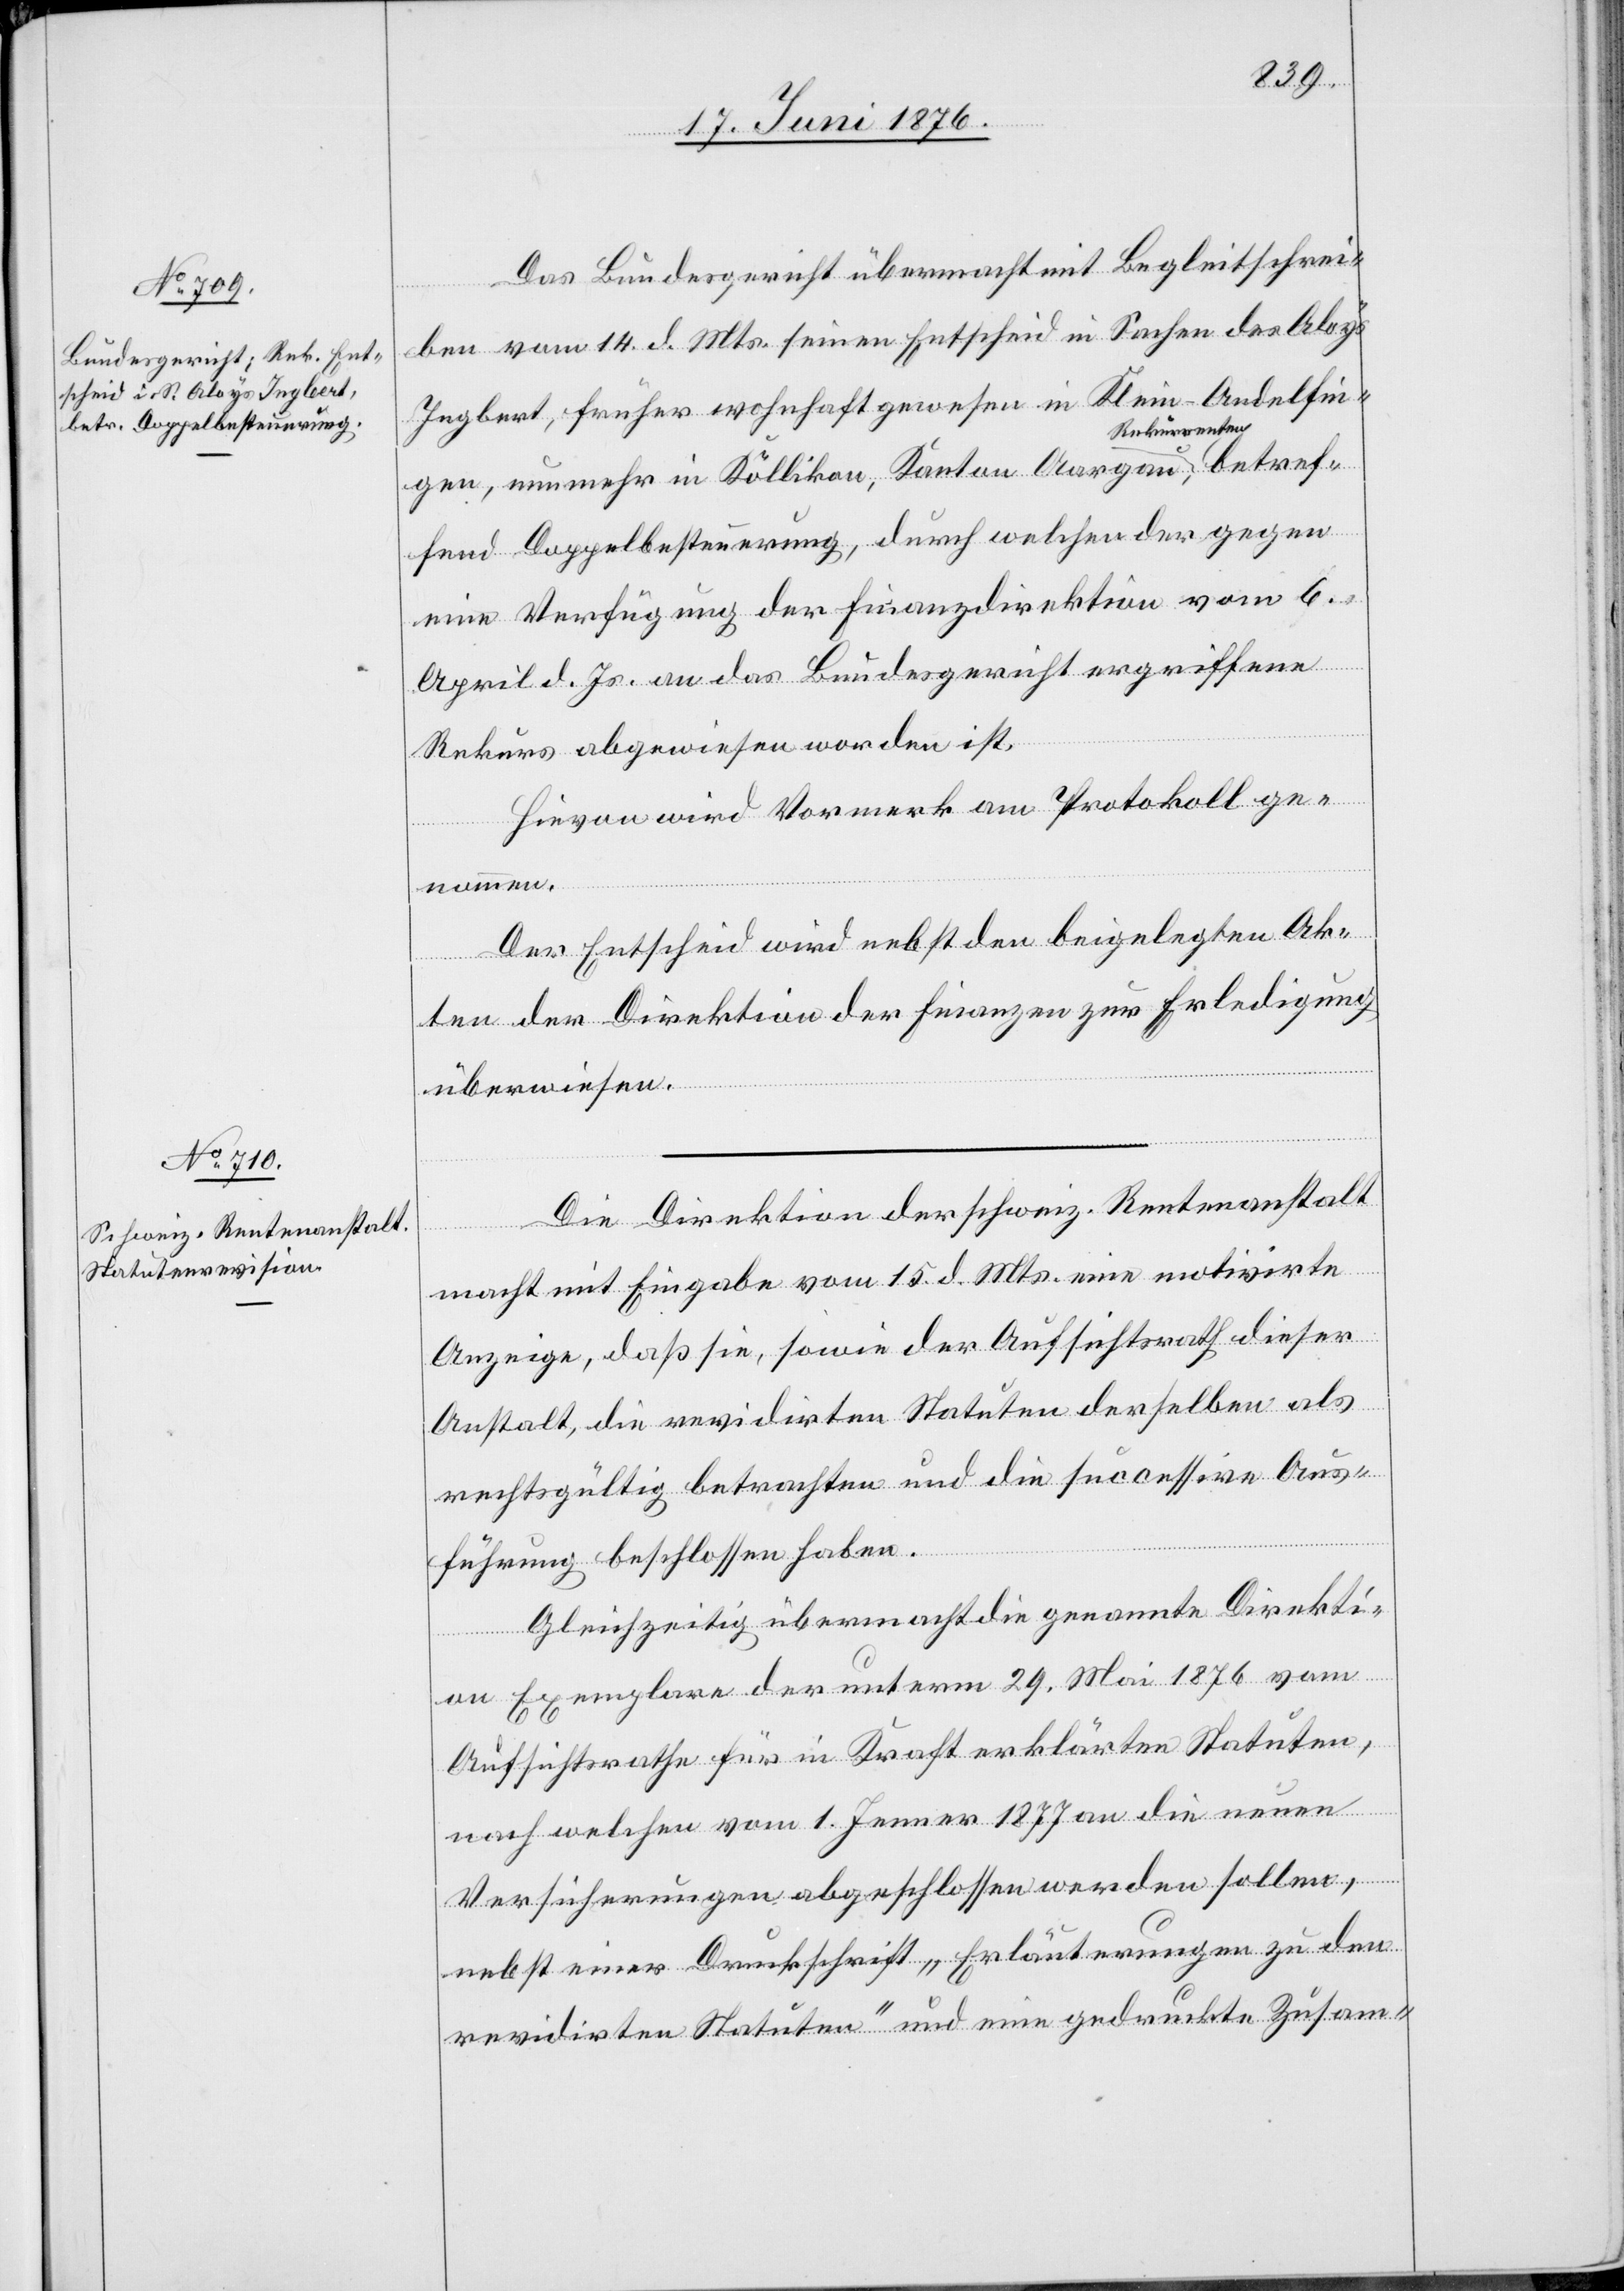
Das Bundesgericht übermacht mit Begleitschrei¬
ben vom 14. d. Mts. seinen Entscheid in Sachen des Aloys
Ingbert, früher wohnhaft gewesen in Klein-Andelfin¬
gen, nunmehr in Köllikon, Kanton Aargau, a-Rekurre¬
fend Doppelbesteuerung, durch welchen der gegen
eine Verfügung der Finanzdirektion vom 6.
April d. Js. an das Bundesgericht ergriffene
Rekurs abgewiesen worden ist.
Hievon wird Vormerk am Protokoll ge¬
nommen.
Der Entscheid wird nebst den beigelegten Ak¬
ten der Direktion der Finanzen zur Erledigung
überwiesen.
Die Direktion der schweiz. Rentenanstalt
macht mit Eingabe vom 15. d. Mts. eine motivirte
Anzeige, das sie, sowie der Aufsichtsrath dieser
Anstalt, die revidirten Statuten derselben als
rechtsgültig betrachten und die successive Aus¬
führung beschlossen haben.
Gleichzeitig übermacht die genannte Direkti¬
on Exemplare der unterm 29. Mai 1876 vom
Aufsichtsrathe für in Kraft erklärten Statuten,
nach welchen vom 1. Jenner 1877 an die neuen
Versicherungen abgeschlossen werden sollen,
nebst einer Druckschrift „Erläuterungen zu den
revidirten Statuten“ und ein gedruckte Zusam-

nte¬